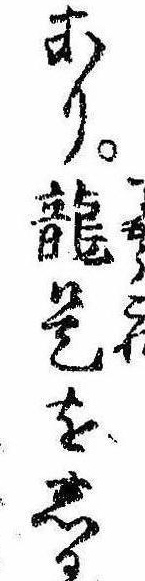
あり竜是をしる